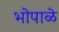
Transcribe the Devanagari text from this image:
भोपाळे